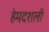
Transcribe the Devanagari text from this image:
हेमदशली